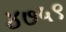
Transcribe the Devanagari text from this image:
४७५९